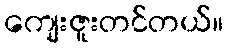
ကျေးဇူးတင်တယ်။